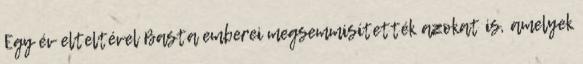
Egy év elteltével Basta emberei megsemmisítették azokat is, amelyek